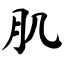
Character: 肌